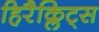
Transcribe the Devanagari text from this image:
हिरैक्लिट्स